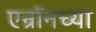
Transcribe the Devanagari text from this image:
एन्रॉनच्या